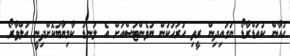
ހުއާން ކުއަޑްރާޑޯ ނަގައިދިން ރީތި ހުރަހަކުން ޔުވެންޓަސްއަށް އެ ލަނޑު ކާމިޔާބުކޮށްދިނީ އަލްވާރޯ